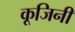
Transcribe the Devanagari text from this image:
कूजिनी